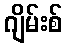
ဂျိမ်းစ်